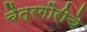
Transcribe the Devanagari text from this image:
चैत्रगौरीचे